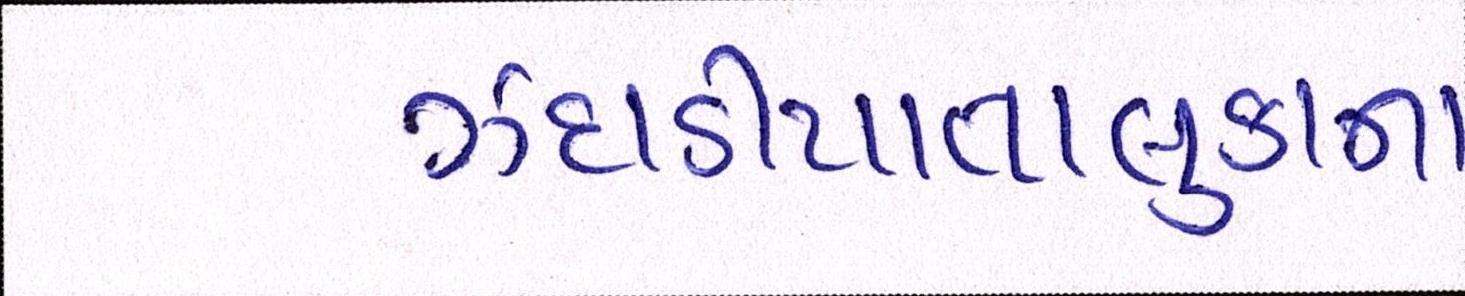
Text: ઝઘડીયાતાલુકાના